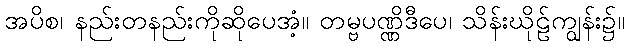
အပိစ၊ နည်းတနည်းကိုဆိုပေအံ့။ တမ္ဗပဏ္ဏိဒီပေ၊ သိန်းဃိုဠ်ကျွန်း၌။